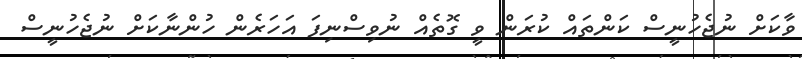
ވާކަށް ނުޖެހުނީސް ކަންތައް ކުރަން ވީ ގޮތެއް ނުވިސްނިފަ އަހަރެން ހުންނާކަށް ނުޖެހުނީސް